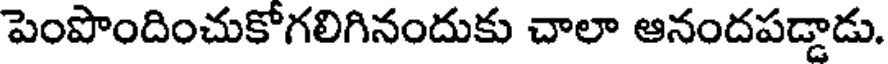
పెంపొందించుకోగలిగినందుకు చాలా ఆనందపడ్డాడు.